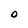
Character: O